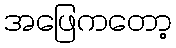
အဖြေကတော့